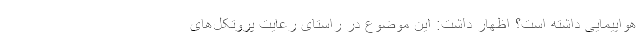
هواپیمایی داشته است؟ اظهار داشت: این موضوع در راستای رعایت پروتکل‌های